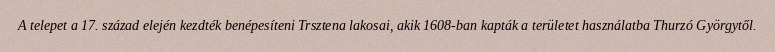
A telepet a 17. század elején kezdték benépesíteni Trsztena lakosai, akik 1608-ban kapták a területet használatba Thurzó Györgytől.